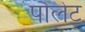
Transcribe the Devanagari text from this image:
पोलेट